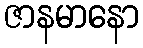
ဇာနမာနော